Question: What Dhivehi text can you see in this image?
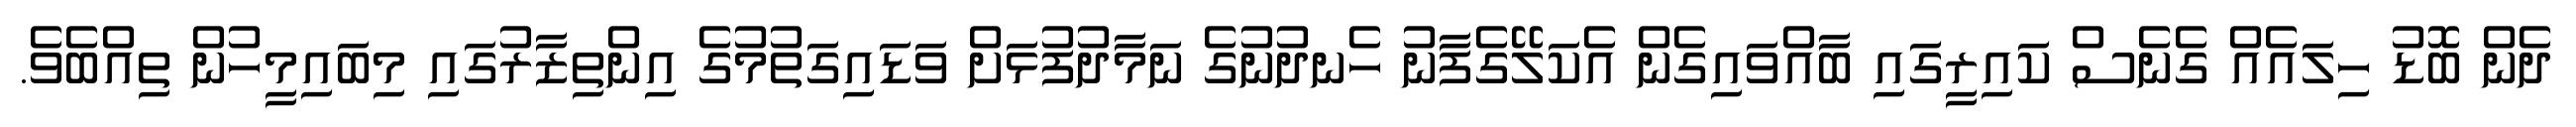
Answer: ދެން ބޮޑު ހިލައެއް ގެނެސް ކައިރީގައި ބާއްވައިގެން އެކަލޭގެފާނު ހެނދުނުގެ ނަމާދުފުޅަށް ވަޑައިގަތުމުގެ އިންތިޒާރުގައި މިބައިމީހުން ތިއްބެވެ.